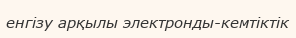
енгізу арқылы электронды-кемтіктік